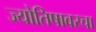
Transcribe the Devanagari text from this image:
ज्योतिषावरचा